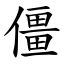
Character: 僵